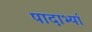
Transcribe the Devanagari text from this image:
पादाभ्यां